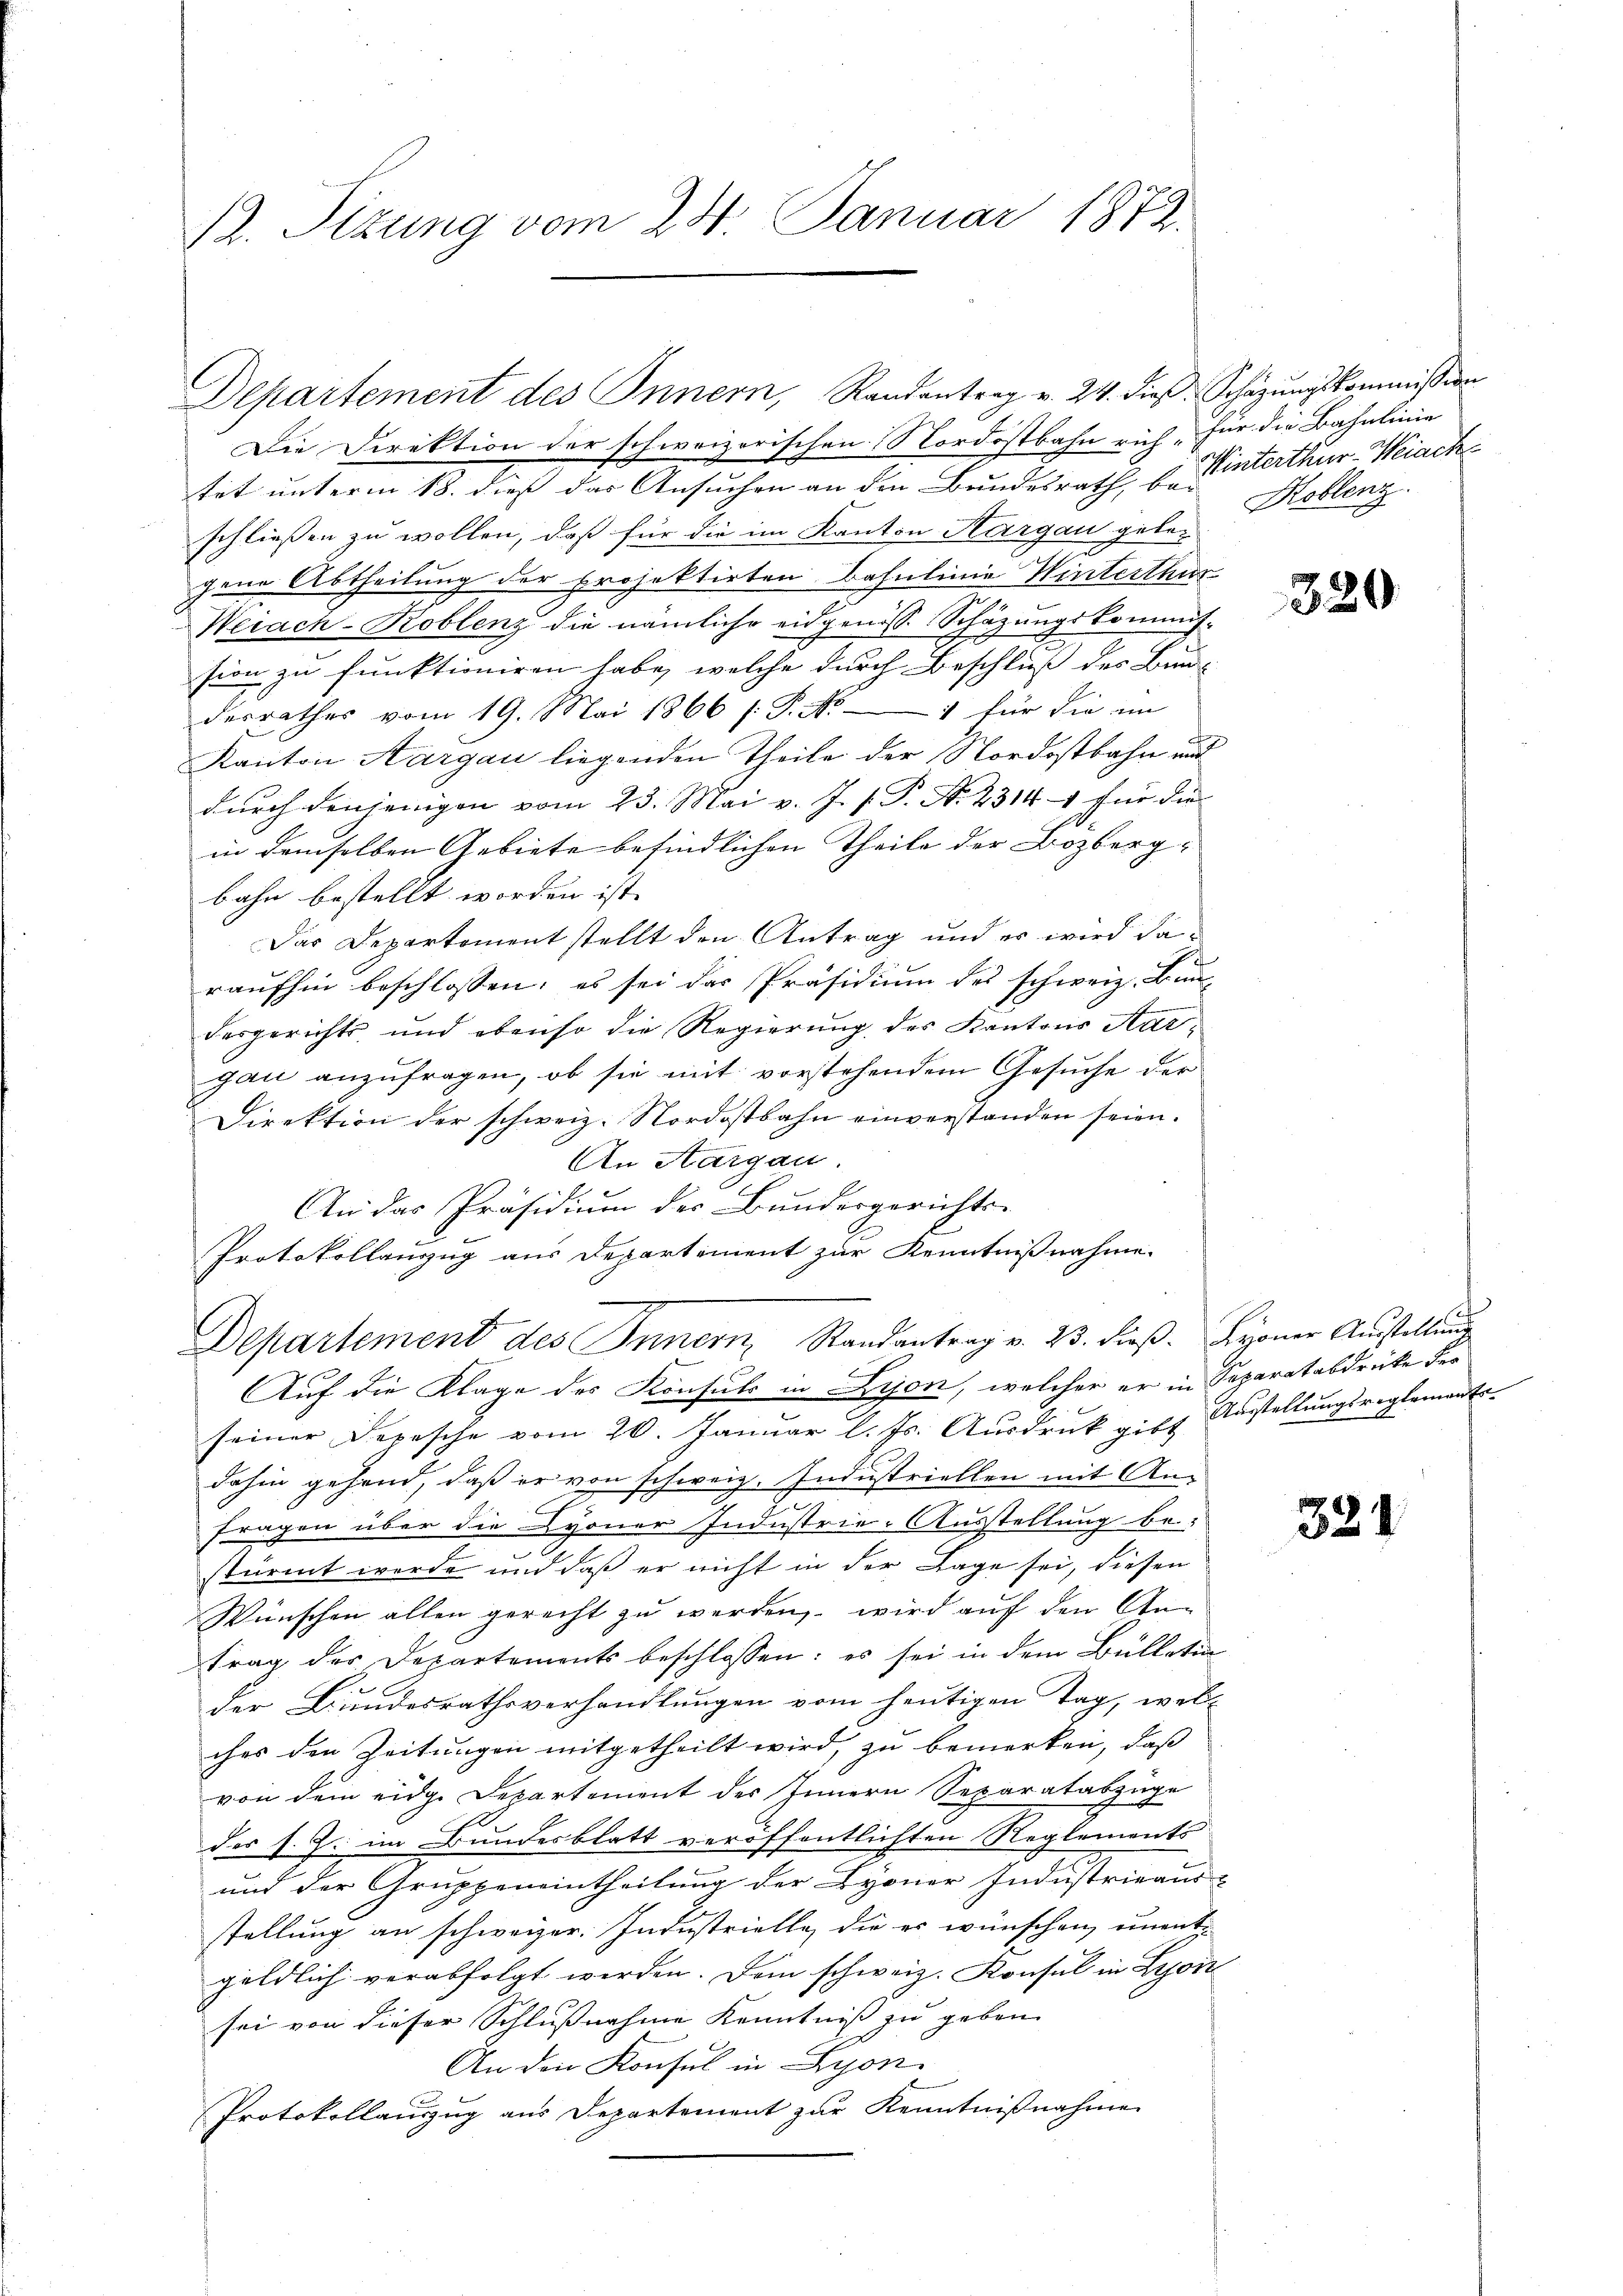
B. Sitzung vom 24. Januar 1872.

Die Direktion der schweizerischen Nordostbahn rich, für die Bahnlinie
tät unterm 18. dieß der Ansuchen an den Bundesrath bestinterthur-Weiach
schließen zu wollen, daß für die im Kanton Aargau geben
gene Abtheilung der Projektirten Basulinie Winterthur
Weiach-Roblenz die nämliche eidgenosse Schäzungskommis-
sion zu funktioniren habe, welche durch Beschluß des Bunde
derrathes vom 19. Mai 1866 /: P. Nr. 1 für die im
Kanton Aargau liegenden Theile der Nordostbahn und
durch denjenigen vom 23. Mai v. J. J. P. N. 23141 für die
in demselben Gebiete befindlichen Theile der Bözberg- |
bahn bestellt worden ist. |
Das Departement stellt den Antrag und es wird daraufhin beschlossen: es sei das Präsidium des schweiz. Bun-
desgerichts, und ebenso die Regierung des Kantons Aargau anzufragen, ob sie mit vorstehendem Gesuche der
Direktion der schweiz. Nordostbahn einverstanden seien.
An Aargau
An das Präsidium der Bundesgerichts-
Protokollanzug aus Departement zur Kenntnißnahme.
Departement des Innern, Randantrag v. 23. dieβ. Lyoner Aŭstellung
Auf die Klage des Konsuls in Lyon, welcher er in Separatabdrücke der
seiner Depesche vom 20. Januar l. Js. Ausdruck gibt Ausstellungsreglementr
dahin gehend, daß er von schweiz. Industriellen mit An¬
Fragen über die Lyoner Industrie-Ausstellung be
.
stürmt werde und daß er nicht in der Lage sei, diesen
Wünschen allen gerecht zu werden, wird auf den An-
trag des Departements beschlossen: es sei in dem Bulletin
der Bundesrathsverhandlungen vom heutigen Tag, welches den Zeitungen mitgetheilt wird, zu bemerken, daß
von dem eidge Departement des Innern Separatabzüge
der s. Z. im Bundesblatt veröffentlichten Reglements
und der Gruppeneintheilung der Byoner Industrieaus-
stellung an schweizer. Industrielle, die es wünschen, unent
geldlich verabfolgt werden. Den schweiz. Konsul in Lyon
sei von dieser Schlußnahme Kenntniß zu geben.
An den Konsul in Lyon
Protokollauszug aus Departement zur Kenntnißnahme

Departement des Innern, Randantrag v. 24. dieß. Schäzŭngskommission

Koblenz.

320

321